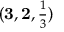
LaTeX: ( \mathbf { 3 } , \mathbf { 2 } , \textstyle { \frac { 1 } { 3 } } )